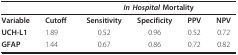
<table><thead><tr><td></td><td></td><td colspan="4"><b><i>In Hospital </i>Mortality</b></td></tr></thead><tbody><tr><td><b>Variable</b></td><td><b>Cutoff</b></td><td><b>Sensitivity</b></td><td><b>Specificity</b></td><td><b>PPV</b></td><td><b>NPV</b></td></tr><tr><td><b>UCH-L1</b></td><td>1.89</td><td>0.52</td><td>0.96</td><td>0.52</td><td>0.72</td></tr><tr><td><b>GFAP</b></td><td>1.44</td><td>0.67</td><td>0.86</td><td>0.72</td><td>0.82</td></tr></tbody></table>